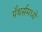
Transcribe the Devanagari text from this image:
पँथर्समध्ये